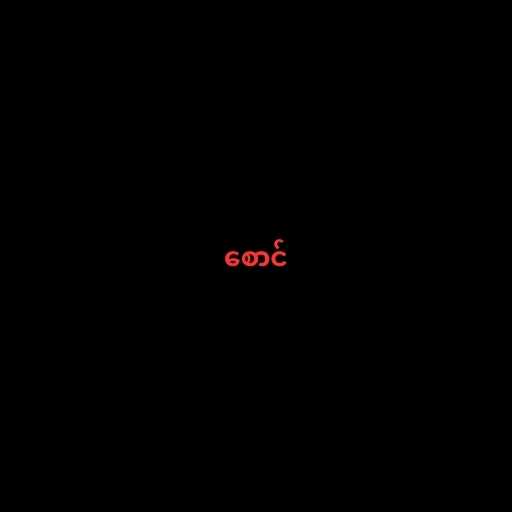
စောင်